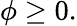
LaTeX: \phi\geq 0.